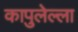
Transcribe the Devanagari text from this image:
कापुलेल्ला